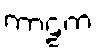
ကာဠကံ